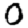
Digit: 0